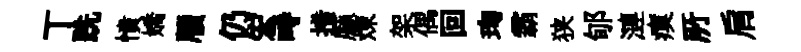
丅跣憤嬌牘仍宏畤措廳煉架偶回珣霸狭郇漣瘼𠩄肩